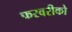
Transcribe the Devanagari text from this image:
फरवरीको